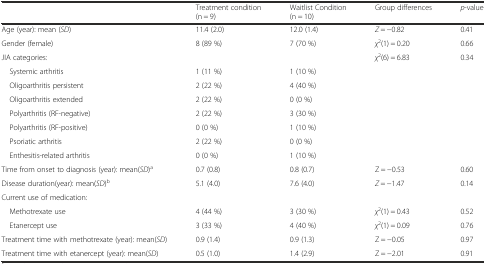
|  | Treatment condition (n = 9) | Waitlist Condition (n = 10) | Group differences | p-value |
 | --- | --- | --- | --- | --- |
 | Age (year): mean (SD) | 11.4 (2.0) | 12.0 (1.4) | Z = −0.82 | 0.41 |
 | Gender (female) | 8 (89 %) | 7 (70 %) | χ2(1) = 0.20 | 0.66 |
 | JIA categories: |  |  | χ2(6) = 6.83 | 0.34 |
 | Systemic arthritis | 1 (11 %) | 1 (10 %) |  |  |
 | Oligoarthritis persistent | 2 (22 %) | 4 (40 %) |  |  |
 | Oligoarthritis extended | 2 (22 %) | 0 (0 %) |  |  |
 | Polyarthritis (RF-negative) | 2 (22 %) | 3 (30 %) |  |  |
 | Polyarthritis (RF-positive) | 0 (0 %) | 1 (10 %) |  |  |
 | Psoriatic arthritis | 2 (22 %) | 0 (0 %) |  |  |
 | Enthesitis-related arthritis | 0 (0 %) | 1 (10 %) |  |  |
 | Time from onset to diagnosis (year): mean(SD)a | 0.7 (0.8) | 0.8 (0.7) | Z = −0.53 | 0.60 |
 | Disease duration(year): mean(SD)b | 5.1 (4.0) | 7.6 (4.0) | Z = −1.47 | 0.14 |
 | Current use of medication: |  |  |  |  |
 | Methotrexate use | 4 (44 %) | 3 (30 %) | χ2(1) = 0.43 | 0.52 |
 | Etanercept use | 3 (33 %) | 4 (40 %) | χ2(1) = 0.09 | 0.76 |
 | Treatment time with methotrexate (year): mean(SD) | 0.9 (1.4) | 0.9 (1.3) | Z = −0.05 | 0.97 |
 | Treatment time with etanercept (year): mean(SD) | 0.5 (1.0) | 1.4 (2.9) | Z = −2.01 | 0.91 |